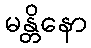
မန္တိနော